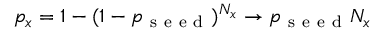
p _ { x } = 1 - ( 1 - p _ { \mathrm { ~ s ~ e ~ e ~ d ~ } } ) ^ { N _ { x } } \rightarrow p _ { \mathrm { ~ s ~ e ~ e ~ d ~ } } N _ { x }